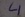
Text: 4